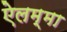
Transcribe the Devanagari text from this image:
ऐलम्मा